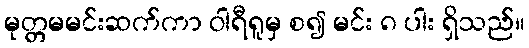
မုတ္တမမင်းဆက်ကာ ဝါရီရူမှ စ၍ မင်း ၈ ပါး ရှိသည်။